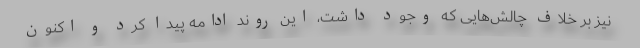
نیز بر خلاف چالش‌هایی که وجود داشت، این روند ادامه پیدا کرد و اکنون